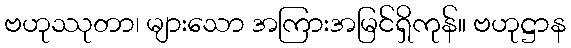
ဗဟုဿုတာ၊ များသော အကြားအမြင်ရှိကုန်။ ဗဟုဋ္ဌာန